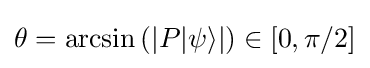
\theta =\arcsin \left(\left|P|\psi \rangle \right|\right)\in [0,\pi /2]